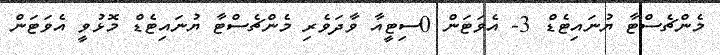
މެންޗެސްޓާ ޔުނައިޓެޑް 3- އެވަޓަން 0ސިޓީއާ ވާދަވެރި މެންޗެސްޓާ ޔުނައިޓެޑް މޮޅުވީ އެވަޓަން